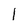
Character: l